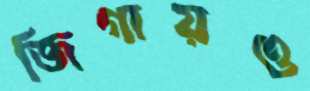
জিগায়ও